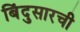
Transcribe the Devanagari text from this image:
बिंदुसारची